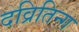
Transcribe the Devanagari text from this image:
दव्रितिन्ग